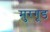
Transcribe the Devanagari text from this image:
मुरगूड